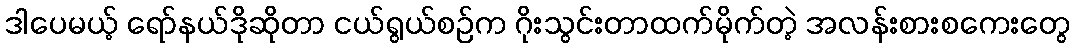
ဒါပေမယ့် ရော်နယ်ဒိုဆိုတာ ငယ်ရွယ်စဉ်က ဂိုးသွင်းတာထက်မိုက်တဲ့ အလန်းစားစကေးတွေ